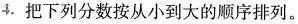
4.把下列分数按从小到大的顺序排列。